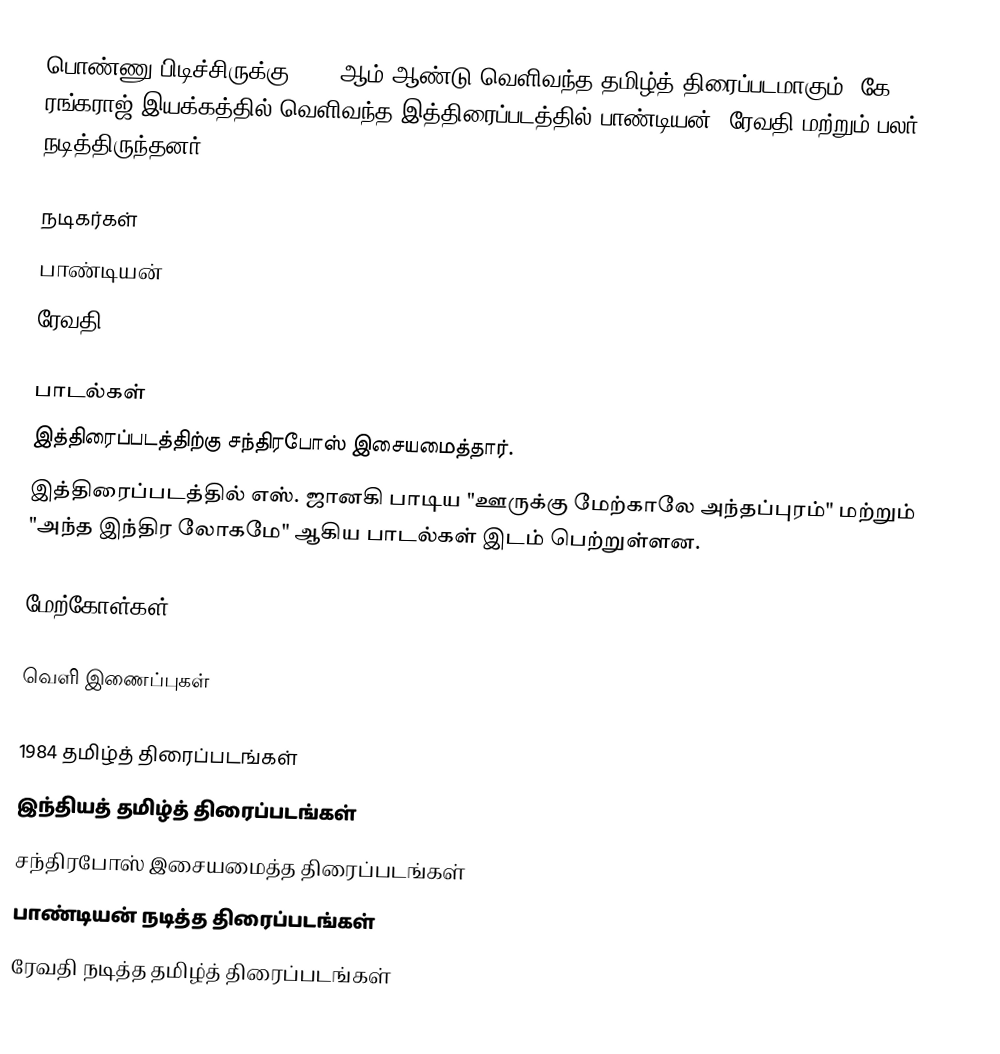
பொண்ணு பிடிச்சிருக்கு 1984 ஆம் ஆண்டு வெளிவந்த தமிழ்த் திரைப்படமாகும். கே. ரங்கராஜ் இயக்கத்தில் வெளிவந்த இத்திரைப்படத்தில் பாண்டியன், ரேவதி மற்றும் பலர் நடித்திருந்தனர்.

நடிகர்கள்
 பாண்டியன்
 ரேவதி

பாடல்கள்
இத்திரைப்படத்திற்கு சந்திரபோஸ் இசையமைத்தார்.
இத்திரைப்படத்தில் எஸ். ஜானகி பாடிய "ஊருக்கு மேற்காலே அந்தப்புரம்" மற்றும் "அந்த இந்திர லோகமே" ஆகிய பாடல்கள் இடம் பெற்றுள்ளன.

மேற்கோள்கள்

வெளி இணைப்புகள்

1984 தமிழ்த் திரைப்படங்கள்
இந்தியத் தமிழ்த் திரைப்படங்கள்
சந்திரபோஸ் இசையமைத்த திரைப்படங்கள்
பாண்டியன் நடித்த திரைப்படங்கள்
ரேவதி நடித்த தமிழ்த் திரைப்படங்கள்